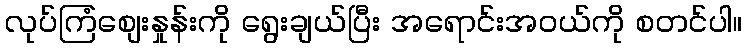
လုပ်ကြံစျေးနှုန်းကို ရွေးချယ်ပြီး အရောင်းအ၀ယ်ကို စတင်ပါ။